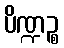
ပိဏ္ဍဉ္စ